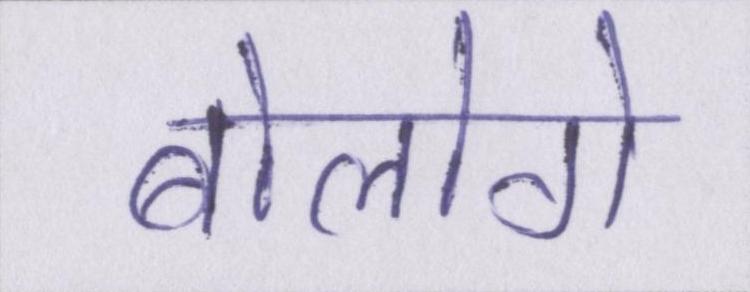
बोलोगे